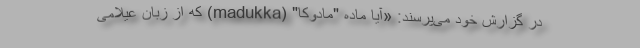
در گزارش خود می‌پرسند: «آیا ماده "مادوکا" (madukka) که از زبان عیلامی